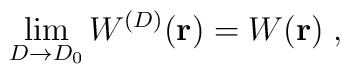
\lim_{{D} \rightarrow {D_{0}}}W^{({D})}({\bf r}) =W({\bf r})\;  ,